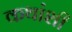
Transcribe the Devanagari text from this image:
कथांशी